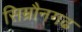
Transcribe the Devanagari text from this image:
सिम्रौनगढ